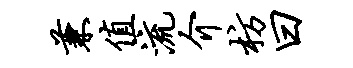
兼值流介枋曰